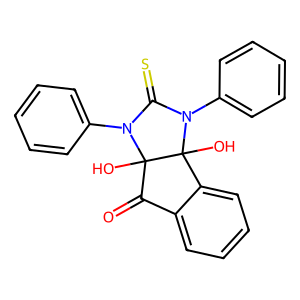
SMILES: O=C1c2ccccc2C2(O)N(c3ccccc3)C(=S)N(c3ccccc3)C12O
Inhibits HIV replication: No